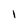
Character: l